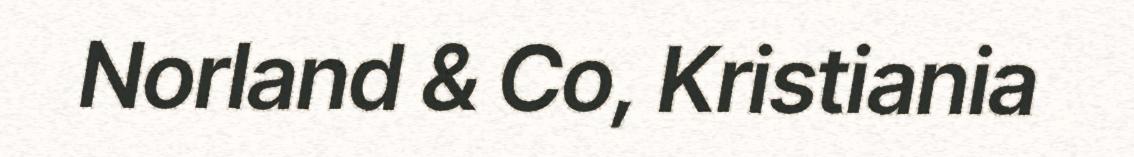
Norland & Co, Kristiania